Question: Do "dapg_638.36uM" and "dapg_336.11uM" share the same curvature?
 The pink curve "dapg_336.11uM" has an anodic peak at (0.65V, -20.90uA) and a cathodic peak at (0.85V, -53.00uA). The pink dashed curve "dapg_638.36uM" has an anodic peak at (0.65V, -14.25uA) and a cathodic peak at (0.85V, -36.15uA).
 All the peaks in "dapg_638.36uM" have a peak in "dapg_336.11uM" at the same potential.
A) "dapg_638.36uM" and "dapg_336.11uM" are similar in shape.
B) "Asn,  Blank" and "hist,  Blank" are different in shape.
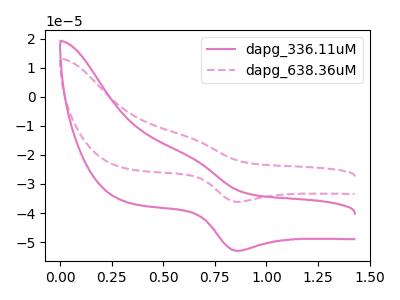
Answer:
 <answer>A) "dapg_638.36uM" and "dapg_336.11uM" are similar in shape.</answer>
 <eval>A</eval>